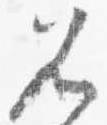
兀